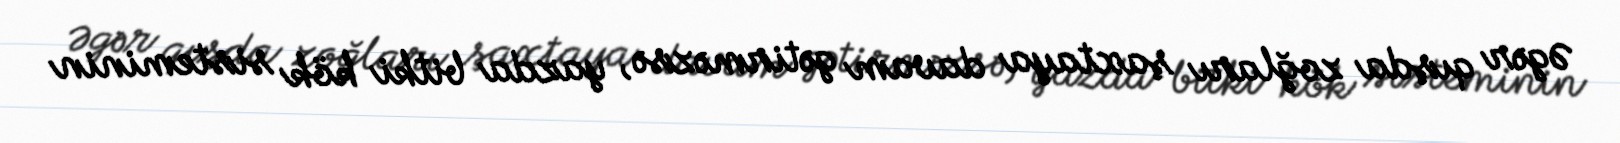
Əgər qışda zoğları şaxtaya davam gətirməzsə, yazda bitki kök sisteminin